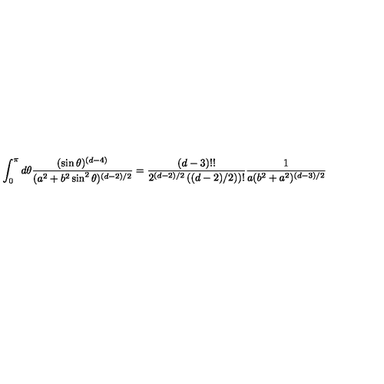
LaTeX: \int _ { 0 } ^ { \pi } d \theta { \frac { ( \sin \theta ) ^ { ( d - 4 ) } } { ( a ^ { 2 } + b ^ { 2 } \sin ^ { 2 } \theta ) ^ { ( d - 2 ) / 2 } } } = { \frac { ( d - 3 ) ! ! } { 2 ^ { ( d - 2 ) / 2 } \left( ( d - 2 ) / 2 ) \right) ! } } { \frac { 1 } { a ( b ^ { 2 } + a ^ { 2 } ) ^ { ( d - 3 ) / 2 } } }